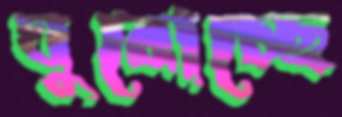
ঘুরোচ্ছে